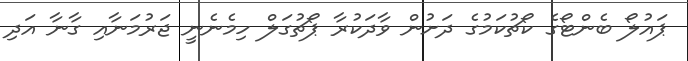
ޕައުލޯ ބެންޓޯގެ ކޯޗުކަމުގެ ދަށުން ވާދަކުރާ ޕޯޗުގަލް ހިމެނެނީ ޖަރުމަނާއި ގާނާ އަދި